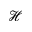
\mathcal { H }